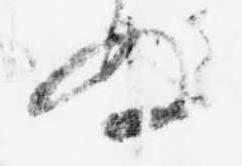
ぬ